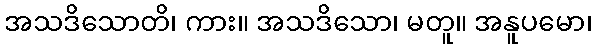
အသဒိသောတိ၊ ကား။ အသဒိသော၊ မတူ။ အနူပမော၊